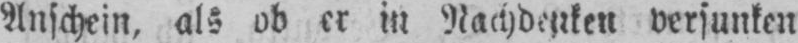
Anschein, als ob er in Nachdenken versunken